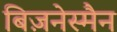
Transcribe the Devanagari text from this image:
बिज़नेस्मैन